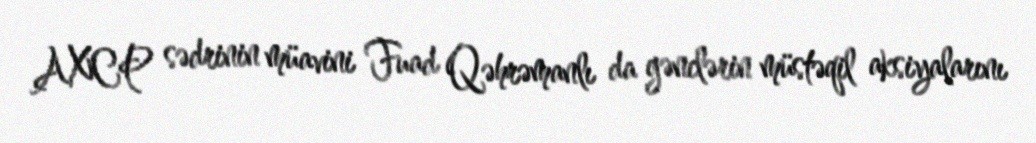
AXCP sədrinin müavini Fuad Qəhrəmanlı da gənclərin müstəqil aksiyalarını